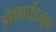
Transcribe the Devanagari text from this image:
ऑक्साईडमुळे